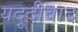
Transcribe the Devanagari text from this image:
यदूदीवाद